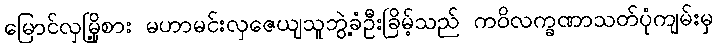
မြောင်လှမြို့စား မဟာမင်းလှဇေယျသူဘွဲ့ခံဦးခြိမ့်သည် ကဝိလက္ခဏာသတ်ပုံကျမ်းမှ